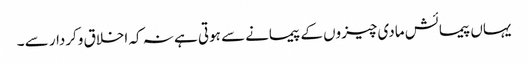
یہاں پیمائش مادی چیزوں کے پیمانے سے ہوتی ہے نہ کہ اخلاق وکردار سے ۔